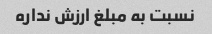
نسبت به مبلغ ارزش نداره